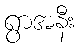
ရွာအနီး